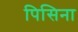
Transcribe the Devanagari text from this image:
पिसिना